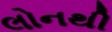
લોનથી